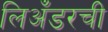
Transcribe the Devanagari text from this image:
लिअँडरची